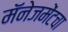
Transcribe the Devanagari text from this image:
मॅनेजमेंटचा